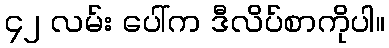
၄၂ လမ်း ပေါ်က ဒီလိပ်စာကိုပါ။